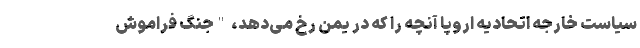
سیاست خارجه اتحادیه اروپا آنچه را که در یمن رخ می‌دهد، "جنگ فراموش